Scottish Leaving Certificate Examination, 1957
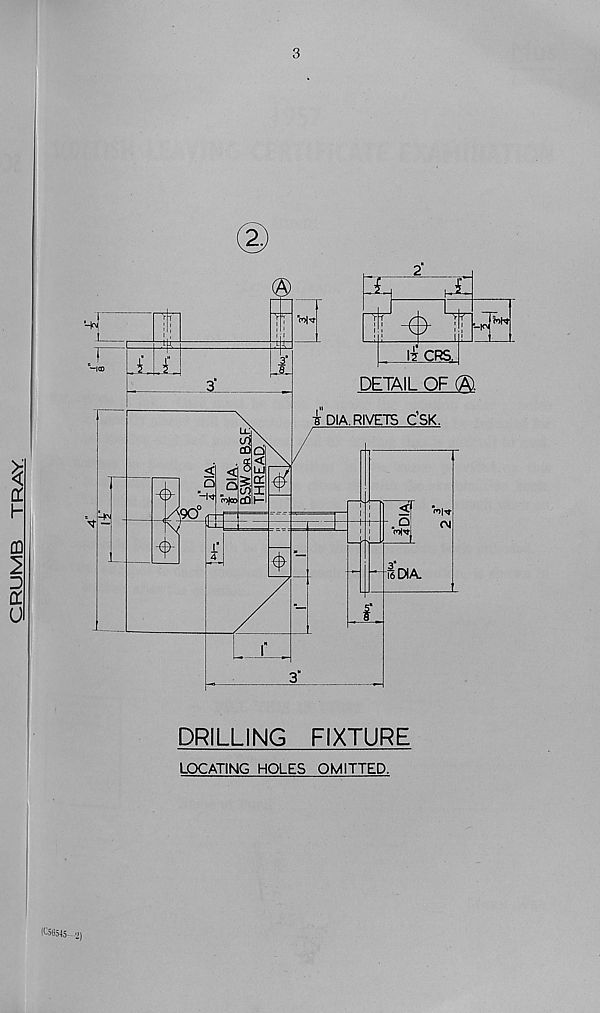
CRUMB TRAY
3
©
DRILLING
FIXTURE
(C5G545—2)
LOCATING HOLES OMITTED.